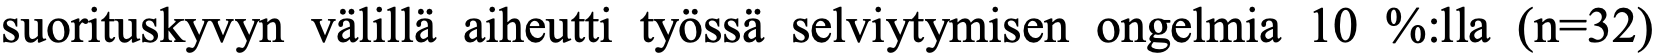
suorituskyvyn välillä aiheutti työssä selviytymisen ongelmia 10 %:lla (n=32)